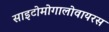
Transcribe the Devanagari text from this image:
साइटोमोगालोवायरस